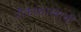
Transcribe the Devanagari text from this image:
नौकाशास्त्राची